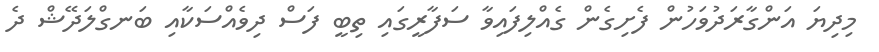
މިދިޔަ އަންގާރަދުވަހުން ފެށިގެން ގެއްލިފައިވާ ސަފާރީގައި ތިބީ ފަސް ދިވެއްސަކާއި ބަނގްލަދޭޝް ދެ